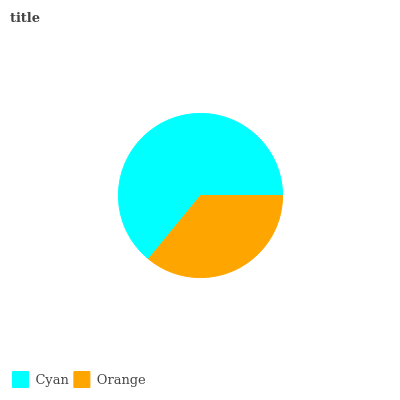
| Cyan | Orange |
 | --- | --- |
 | 64.1% | 35.9% |